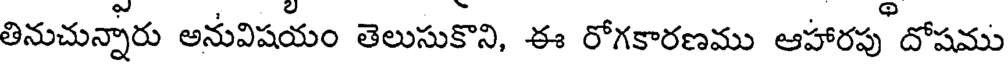
తినుచున్నారు అనువిషయం తెలుసుకొని, ఈ రోగకారణము ఆహారపు దోషము